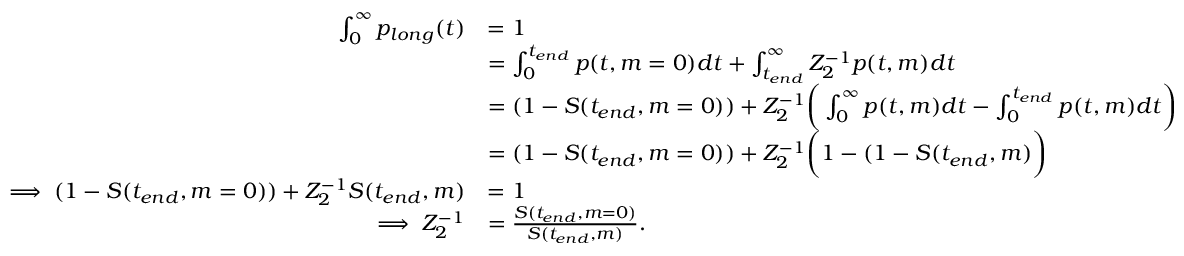
\begin{array} { r l } { \int _ { 0 } ^ { \infty } p _ { l o n g } ( t ) } & { = 1 } \\ & { = \int _ { 0 } ^ { t _ { e n d } } p ( t , m = 0 ) d t + \int _ { t _ { e n d } } ^ { \infty } Z _ { 2 } ^ { - 1 } p ( t , m ) d t } \\ & { = ( 1 - S ( t _ { e n d } , m = 0 ) ) + Z _ { 2 } ^ { - 1 } \bigg ( \int _ { 0 } ^ { \infty } p ( t , m ) d t - \int _ { 0 } ^ { t _ { e n d } } p ( t , m ) d t \bigg ) } \\ & { = ( 1 - S ( t _ { e n d } , m = 0 ) ) + Z _ { 2 } ^ { - 1 } \bigg ( 1 - ( 1 - S ( t _ { e n d } , m ) \bigg ) } \\ { \implies ( 1 - S ( t _ { e n d } , m = 0 ) ) + Z _ { 2 } ^ { - 1 } S ( t _ { e n d } , m ) } & { = 1 } \\ { \implies Z _ { 2 } ^ { - 1 } } & { = \frac { S ( t _ { e n d } , m = 0 ) } { S ( t _ { e n d } , m ) } . } \end{array}